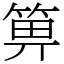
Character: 箅